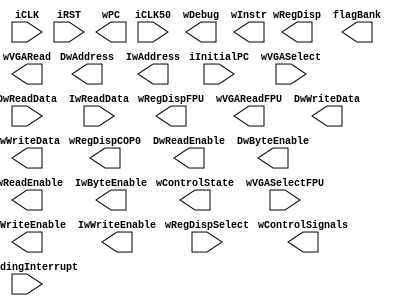
/* Definicao do processador */


module CPU (
    input  wire        iCLK, iCLK50, iRST,
    input  wire [31:0] iInitialPC,
    //sinais de monitoramento
    output wire [31:0] wRegDisp, wRegDispFPU, wRegDispCOP0,
    input  wire [4:0]  wRegDispSelect,
    output wire [31:0] wDebug,
    output wire [7:0]  flagBank,
    output wire [31:0] wPC, wInstr,
    output wire [17:0] wControlSignals,
    output wire [5:0]  wControlState,
    input  wire [4:0]  wVGASelect,wVGASelectFPU,
    output wire [31:0] wVGARead, wVGAReadFPU,
    //barramentos de dados
    output wire        DwReadEnable, DwWriteEnable,
    output wire [3:0]  DwByteEnable,
    output wire [31:0] DwWriteData,
    input  wire [31:0] DwReadData,
    output wire [31:0] DwAddress,
    // barramentos de instrucoes
    output wire        IwReadEnable, IwWriteEnable,
    output wire [3:0]  IwByteEnable,
    output wire [31:0] IwWriteData,
    input  wire [31:0] IwReadData,
    output wire [31:0] IwAddress,
    //interrupcoes
    input  [7:0]       iPendingInterrupt
);


/*************  UNICICLO *********************************/
`ifdef UNICICLO
// Visualizacao dos sinais de controle especificos
wire [2:0]  OrigPC, Mem2Reg;
wire [1:0]  ALUOp,OrigALU, RegDst;
wire        RegWrite;
assign wControlSignals  = {DwReadEnable, DwWriteEnable, RegWrite, RegDst[1:0], ALUOp[1:0], OrigALU[1:0], Mem2Reg[2:0], OrigPC[2:0]};
assign wControlState    = 6'b0;

Datapath_UNI Processor (
    .iCLK(iCLK),
    .iCLK50(iCLK50),
    .iRST(iRST),
    .iInitialPC(iInitialPC),

    .wPC(wPC),
    .woInstr(wInstr),
    .wDebug(wDebug),
    .wRegDispSelect(wRegDispSelect),
    .wRegDisp(wRegDisp),
    .wRegDispFPU(wRegDispFPU),
    .wRegDispCOP0(wRegDispCOP0),
    .wFPUFlagBank(flagBank),
    .wVGASelect(wVGASelect),
    .wVGARead(wVGARead),
    .wVGASelectFPU(wVGASelectFPU),
    .wVGAReadFPU(wVGAReadFPU),

    .wCALUOp(ALUOp),
    .wCRegWrite(RegWrite),
    .wCRegDst(RegDst),
    .wCOrigALU(OrigALU),
    .wCMem2Reg(Mem2Reg),
    .wCOrigPC(OrigPC),

    // Barramento de dados
    .DwReadEnable(DwReadEnable), .DwWriteEnable(DwWriteEnable),
    .DwByteEnable(DwByteEnable),
    .DwWriteData(DwWriteData),
    .DwReadData(DwReadData),
    .DwAddress(DwAddress),
    // Barramento de instrucoes
    .IwReadEnable(IwReadEnable), .IwWriteEnable(IwWriteEnable),
    .IwByteEnable(IwByteEnable),
    .IwWriteData(IwWriteData),
    .IwReadData(IwReadData),
    .IwAddress(IwAddress),

    .iPendingInterrupt(iPendingInterrupt)    // feito no semestre 2013/1 para implementar a deteccao de excecoes (COP0)
);
 `endif


/*************  MULTICICLO **********************************/
`ifdef MULTICICLO
// Sinais de controle especificos
wire [1:0]  ALUOp, ALUSrcA;
wire [2:0]  ALUSrcB, PCSource;
wire        IRWrite, IorD, PCWrite, RegDst;
wire        RegWrite;
assign wControlSignals  = { DwReadEnable, DwWriteEnable, RegWrite,
                            RegDst, ALUOp[1:0], ALUSrcA[1:0], ALUSrcB[2:0], IorD, IRWrite, PCWrite, PCSource[2:0]};
assign IwReadEnable     = 1'b0;
assign IwWriteEnable    = 1'b0;
assign IwByteEnable     = 4'b0000;
assign IwWriteData      = 32'h00000000;
assign IwAddress        = 32'h00000000;

Datapath_MULTI Processor (
    .iCLK(iCLK),
    .iCLK50(iCLK50),
    .iRST(iRST),
    .iInitialPC(iInitialPC),

    .oPC(wPC),
    .oInstr(wInstr),
    .oDebug(wDebug),
    .iRegDispSelect(wRegDispSelect),
    .oRegDisp(wRegDisp),
    .oFPRegDisp(wRegDispFPU),
    .oRegDispCOP0(wRegDispCOP0),
    .oFPUFlagBank(flagBank),
    .wVGASelect(wVGASelect),
    .wVGARead(wVGARead),
    .wVGASelectFPU(wVGASelectFPU),
    .wVGAReadFPU(wVGAReadFPU),

    .owControlState(wControlState),
    .oALUOp(ALUOp),
    .oPCSource(PCSource),
    .oALUSrcB(ALUSrcB),
    .oIRWrite(IRWrite),
    .oIorD(IorD),
    .oPCWrite(PCWrite),
    .oALUSrcA(ALUSrcA),
    .oRegWrite(RegWrite),
    .oRegDst(RegDst),

    //Barramento da memoria
    .DwWriteEnable(DwWriteEnable), .DwReadEnable(DwReadEnable),
    .DwByteEnable(DwByteEnable),
    .DwWriteData(DwWriteData),
    .DwAddress(DwAddress),
    .DwReadData(DwReadData),

    .iPendingInterrupt(iPendingInterrupt) // feito no semestre 2013/1 para implementar a deteccao de excecoes (COP0)
);
`endif





/*************  PIPELINE **********************************/
`ifdef PIPELINE
// Sinais de controle especificos
wire [2:0]  OrigPC;
wire [1:0]  ALUOp, OrigALU,RegDst;
wire        RegWrite;
assign wControlSignals  = {DwReadEnable, DwWriteEnable, RegWrite, ALUOp[1:0], OrigALU[1:0], RegDst[1:0], OrigPC[2:0]};
assign wControlState    = 6'b111111;
assign wRegDispFPU      = 32'hDEDEB0B0;
assign wRegDispCOP0     = 32'hCACACACA;
assign flagBank         = 8'hFF;
wire        SavePC;
//wire wLock;
//assign wLock=1'b0;

Datapath_PIPEM Processor (
    .iCLK(iCLK),
    .iCLK50(iCLK50),
    .iRST(iRST),
    .iInitialPC(iInitialPC),

    .oPC(wPC),
    .oInstr(wInstr),
    .iRegDispSelect(wRegDispSelect),
    .oRegDisp(wRegDisp),
    .oDebug(wDebug),
    .iVGASelect(wVGASelect),
    .oVGARead(wVGARead),
//    .wVGASelectFPU(wVGASelectFPU),  // So esperando alguem implementar a FPU no Pipeline
//    .wVGAReadFPU(wVGAReadFPU),

    .oCALUOp(ALUOp),
    .oCRegWrite(RegWrite),
    .oCRegDst(RegDst),
    .oCOrigALU(OrigALU),
    .oCSavePC(SavePC),
    .oCOrigPC(OrigPC),

    // Barramento de dados
    .DwMemRead(DwReadEnable), .DwMemWrite(DwWriteEnable),
    .DwByteEnable(DwByteEnable),
    .DwMemWriteData(DwWriteData),
    .DwMemReadData(DwReadData),
    .DwMemAddress(DwAddress),
    // Barramento de instrucoes
    .IwMemRead(IwReadEnable), .IwMemWrite(IwWriteEnable),
    .IwByteEnable(IwByteEnable),
    .IwMemWriteData(IwWriteData),
    .IwMemReadData(IwReadData),
    .IwMemAddress(IwAddress)

    // Lock
    //.iSwitchLock(wLock)
);

`endif

endmodule